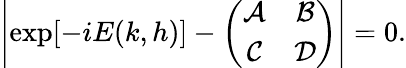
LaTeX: \left|\exp[-iE(k,h)]-\left(\begin{array}{cc}{\mathcal{A}}&{\mathcal{B}}\\ {\mathcal{C}}&{\mathcal{D}}\end{array}\right)\right|=0.